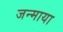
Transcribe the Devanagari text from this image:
जन्माया